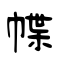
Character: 幉